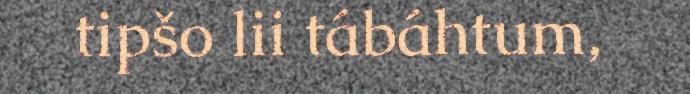
tipšo lii tábáhtum,